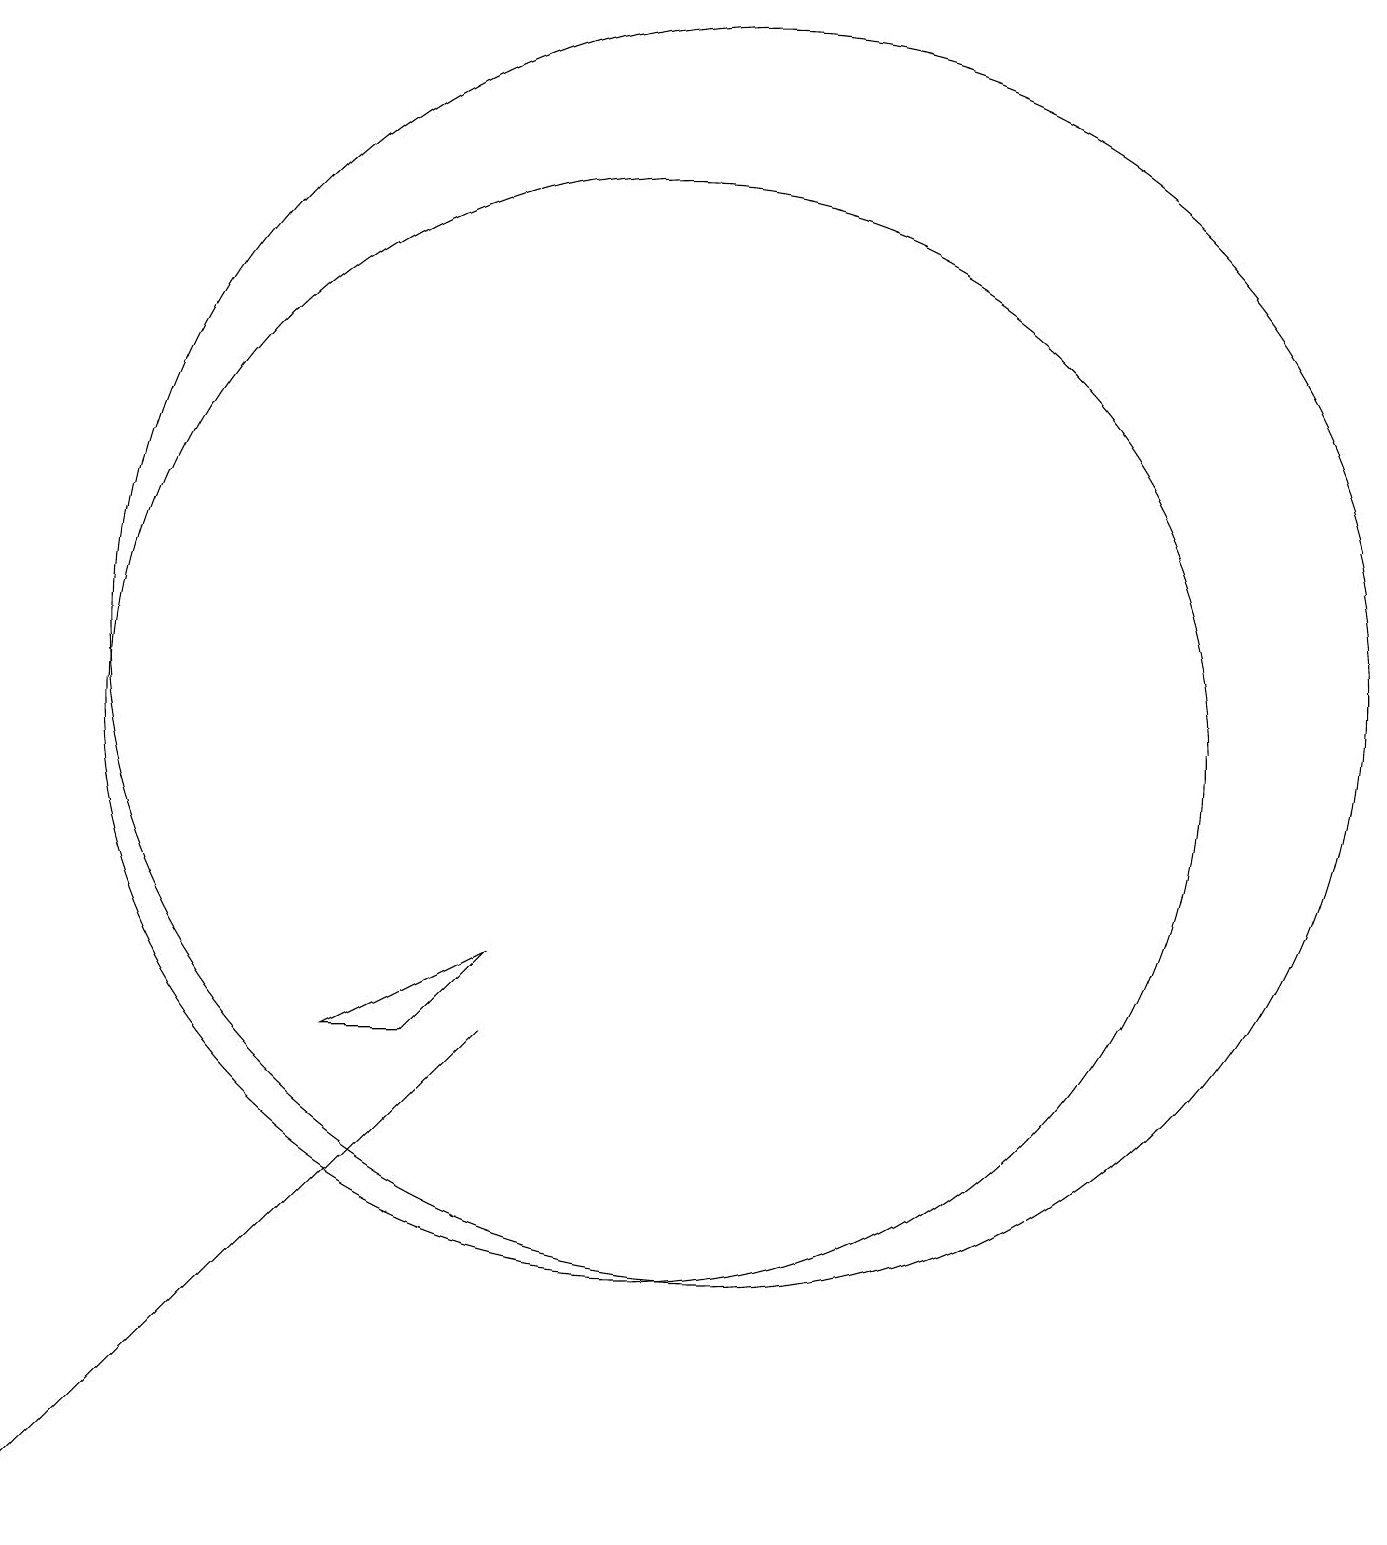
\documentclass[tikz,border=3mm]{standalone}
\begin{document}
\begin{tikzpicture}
\draw (11,12) circle (0);
\draw (3,0) -- (9,6) -- (8,5) -- cycle;
\draw (11,10) circle (7);
\draw (12,11) circle (8);
\draw (8,6) -- (7,6) -- (9,7) -- cycle;
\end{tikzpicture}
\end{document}